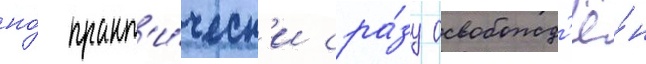
но́ практ'и́ческ'и сра́зу освобожд'ё́н